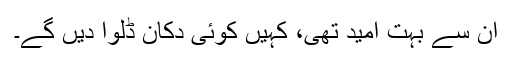
ان سے بہت امید تھی، کہیں کوئی دکان ڈلوا دیں گے۔